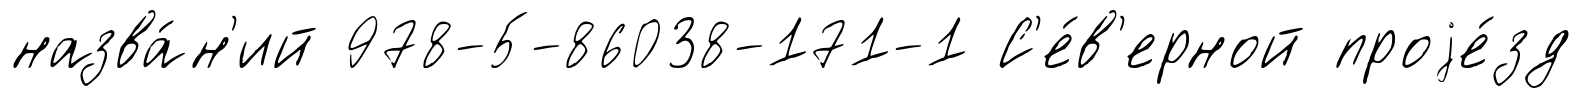
назва́н'ий 978-5-86038-171-1 С'е́в'ерной проjе́зд